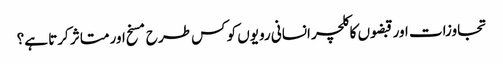
تجاوزات اور قبضوں کا کلچر انسانی رویوں کو کس طرح مسخ اور متاثر کرتا ہے؟